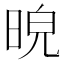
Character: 𣆿